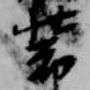
装